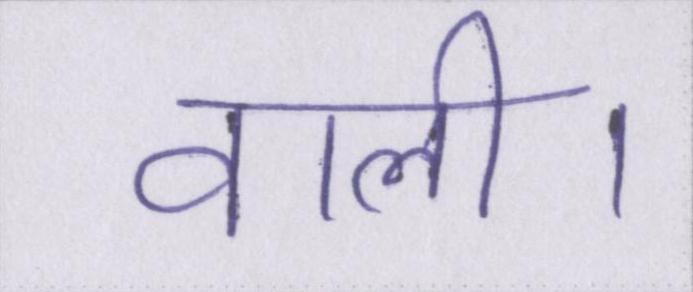
वाली।